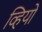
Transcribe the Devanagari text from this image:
व्हियों